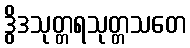
ဒွိဒသုတ္တရသုတ္တသတေ